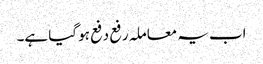
اب یہ معاملہ رفع دفع ہو گیا ہے۔